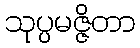
သုပ္ပမဇ္ဇိတာ